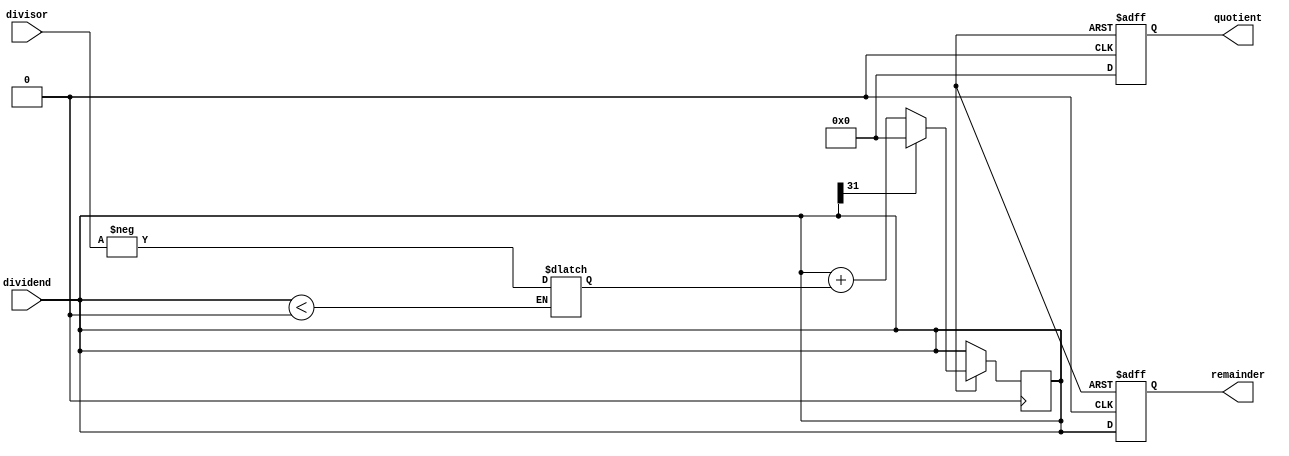
module Restoring_Divider(
    input signed [31:0] dividend,
    input signed [31:0] divisor,
    output reg signed [31:0] quotient,
    output reg signed [31:0] remainder
);

reg signed [31:0] A, M, Q;
reg signed [31:0] P, NEG_DIVISOR;

always @(*) begin
    A = dividend; // initialize A with dividend
    M = divisor; // initialize M with divisor
    Q = 0; // initialize quotient to zero
    P = 0; // initialize P to zero
    
    if (dividend < 0) NEG_DIVISOR = -divisor; // handle negative divisor
end

always @(posedge clk or negedge rst) begin
    if (~rst) begin
        quotient <= 0;
        remainder <= 0;
    end else begin
        // Restoring Division algorithm
        repeat(32) begin
            P <= A;
            A <= A + NEG_DIVISOR;
            Q <= Q << 1;
            if (A[31] == 0) Q[0] <= 1;
            else begin
                A <= P;
                Q[0] <= 0;
            end
        end
        
        quotient <= Q;
        remainder <= A;
    end
end

endmodule